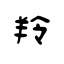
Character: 羚